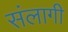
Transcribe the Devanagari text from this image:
संलागी